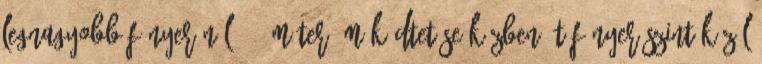
legnagyobb fényerőnél 118 méter. Működtetése közben öt fényerőszint közül